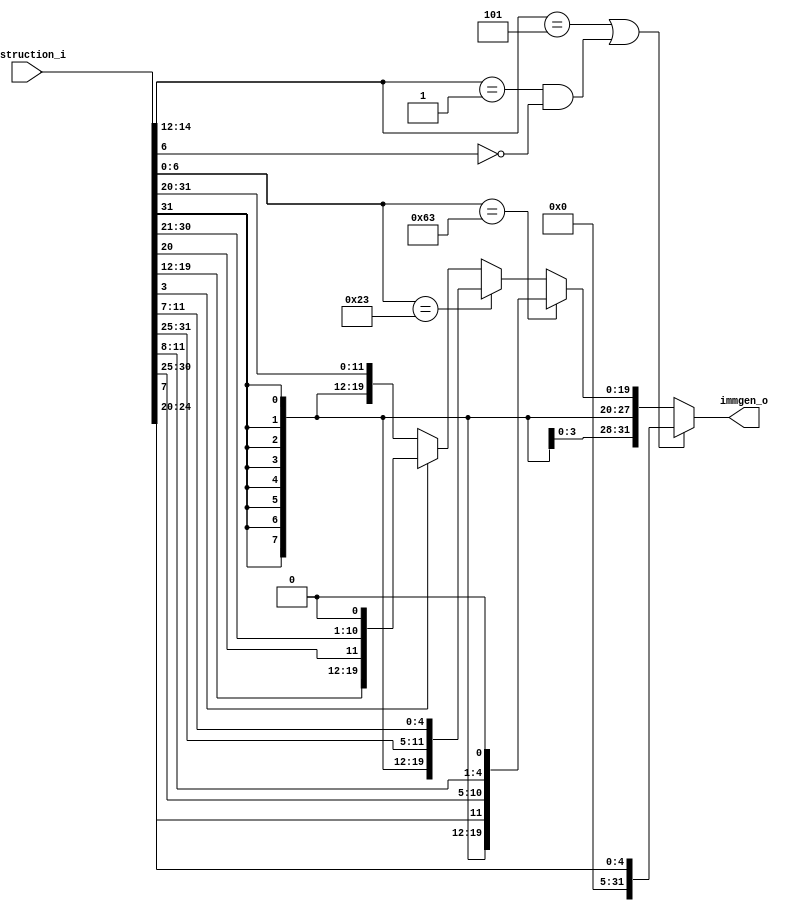
/*
Module: immgen
Author: Chia-Jen Nieh
Description:
    Reading opcode from instruction and determine imm.
*/
module immgen (
    instruction_i,
    immgen_o
);
    //ISA to be handled
    //ADD:  0000000      rs2 rs1 000 rd          0110011
    //ADDI: IMM[11:0]        rs1 000 rd          0010011
    //LW:   IMM[11:0]        rs1 010 rd          0000011
    //SW:   IMM[11:5]    rs2 rs1 010 IMM[4:0]    0100011
    //JALR: IMM[11:0]        rs1 000 rd          1100111 //Byte address

    //SUB:  0100000      rs2 rs1 000 rd          0110011

    //AND:  0000000      rs2 rs1 111 rd          0110011
    //ANDI: IMM[11:0]        rs1 111 rd          0010011

    //OR:   0000000      rs2 rs1 110 rd          0110011
    //ORI:  IMM[11:0]        rs1 110 rd          0010011

    //XOR:  0000000      rs2 rs1 100 rd          0110011
    //XORI: IMM[11:0]        rs1 100 rd          0010011
    //BEQ:  IMM[12,10:5] rs2 rs1 000 IMM[4:1,11] 1100011 //Halfword address //Partially handled by ALU, PC + imm is outside of ALU
    
    //BNE:  IMM[12,10:5] rs2 rs1 001 IMM[4:1,11] 1100011 //Halfword address //Partially handled by ALU, PC + imm is outside of ALU
    
    //SLLI: 0000000      sha rs1 001 rd          0010011

    //SRLI: 0000000      sha rs1 101 rd          0010011

    //SRAI: 0100000      sha rs1 101 rd          0010011
    
    //SLT:  0000000      rs2 rs1 010 rd          0110011
    //SLTI: IMM[11:0]        rs1 010 rd          0010011

    //JAL:  IMM[20,10:1,11,19:12]    rd          1101111 //Halfword address //Not handled by ALU, PC + imm is outside of ALU

    input      [31:0] instruction_i;
    output reg [31:0] immgen_o;

    always @(*) begin
        if ((instruction_i[14:12] == 3'b101) || ((instruction_i[14:12] == 3'b001) && (instruction_i[6] == 1'b0))) begin //sll, srl and sra
            immgen_o = {27'b0, instruction_i[24:20]}; /////***********
        end
        else begin
            if (instruction_i[6:0] == 7'b1100011) begin //B type
                immgen_o = {{20{instruction_i[31]}}, instruction_i[7], instruction_i[30:25], instruction_i[11:8], 1'b0};
            end
            else begin
               if (instruction_i[6:0] == 7'b0100011) begin //sw
                    immgen_o = {{21{instruction_i[31]}}, instruction_i[30:25], instruction_i[11:7]};
                end
                else begin
                    if (instruction_i[3] == 1'b1) begin //jal
                        immgen_o = {{12{instruction_i[31]}}, instruction_i[19:12], instruction_i[20], instruction_i[30:21], 1'b0};
                    end
                    else begin //I type and lw and jalr (should exclude shift instruction)
                        immgen_o = {{21{instruction_i[31]}}, instruction_i[30:20]};
                    end
                end
                
            end
        end
    end
endmodule